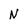
Character: N